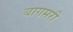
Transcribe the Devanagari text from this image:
बागमरी